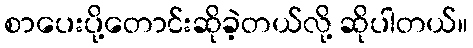
စာပေးပို့တောင်းဆိုခဲ့တယ်လို့ ဆိုပါတယ်။